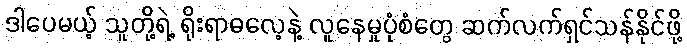
ဒါပေမယ့် သူတို့ရဲ့ ရိုးရာဓလေ့နဲ့ လူနေမှုပုံစံတွေ ဆက်လက်ရှင်သန်နိုင်ဖို့